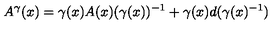
A ^ { \gamma } ( x ) = \gamma ( x ) A ( x ) ( \gamma ( x ) ) ^ { - 1 } + \gamma ( x ) d ( \gamma ( x ) ^ { - 1 } )